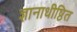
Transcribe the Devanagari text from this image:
ज्ञानाधीष्ठित